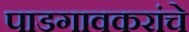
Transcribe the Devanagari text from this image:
पाडगावकरांचे